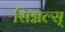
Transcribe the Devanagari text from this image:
सिग्नल्स्